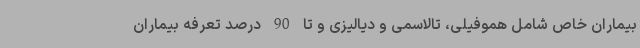
بیماران خاص شامل هموفیلی، تالاسمی و دیالیزی و تا 90 درصد تعرفه بیماران